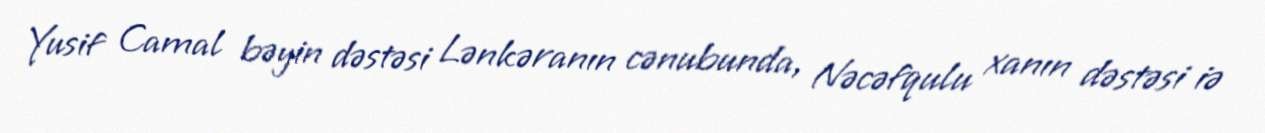
Yusif Camal bəyin dəstəsi Lənkəranın cənubunda, Nəcəfqulu xanın dəstəsi iə